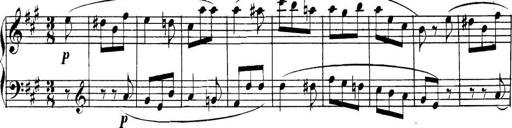
Title: Collected Piano Sonatas
Composer: Muzio Clementi